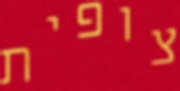
צופית